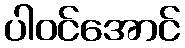
ပါဝင်အောင်